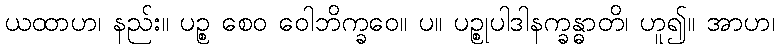
ယထာဟ၊ နည်း။ ပဉ္စ စေဝ ဝေါဘိက္ခဝေ။ ပ။ ပဉ္စုပါဒါနက္ခန္ဓာတိ၊ ဟူ၍။ အာဟ၊